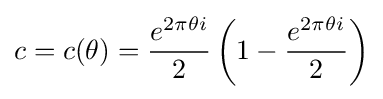
c=c(\theta )={\frac {e^{2\pi \theta i}}{2}}\left(1-{\frac {e^{2\pi \theta i}}{2}}\right)